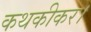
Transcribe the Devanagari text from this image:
कथकीकर।